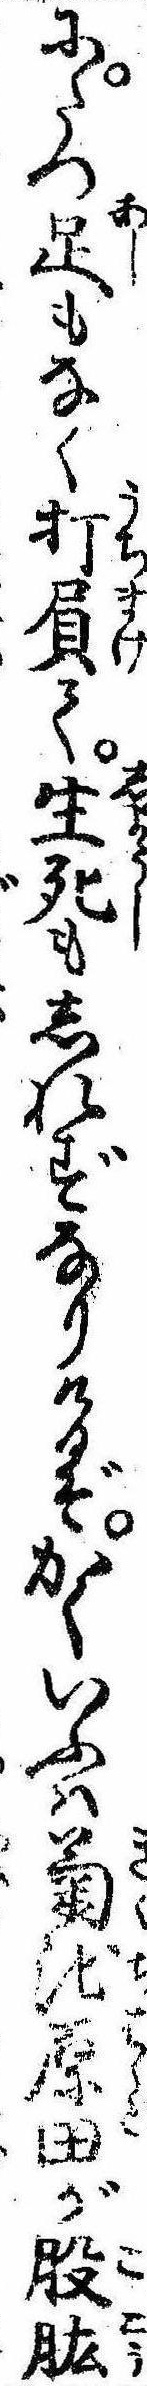
にたつ足もなく打屓て生死もしれずなりけるぞかくいふは菊池原田が股肱